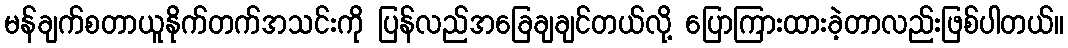
မန်ချက်စတာယူနိုက်တက်အသင်းကို ပြန်လည်အခြေချချင်တယ်လို့ ပြောကြားထားခဲ့တာလည်းဖြစ်ပါတယ်။